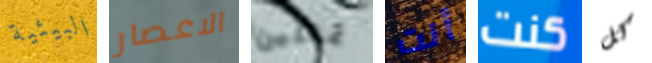
البيئية الاعصار تمثلين أنت كنت كل